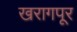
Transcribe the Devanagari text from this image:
खरागपूर